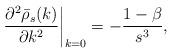
LaTeX: \begin{align*}\frac{\partial^2 \bar{\rho}_s(k)}{\partial k^2} \bigg | _{k=0}=-\frac{1-\beta}{s^3},\end{align*}